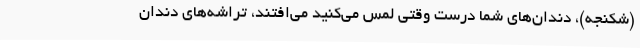
(شکنجه)، دندان‌های شما درست وقتی لمس می‌کنید می‌افتند، تراشه‌های دندان